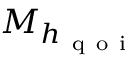
M _ { h _ { \mathrm { ~ q ~ o ~ i ~ } } }